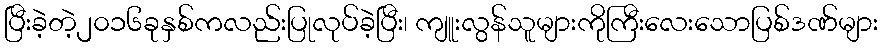
ပြီးခဲ့တဲ့၂၀၁၆ခုနှစ်ကလည်းပြုလုပ်ခဲ့ပြီး၊ ကျူးလွန်သူများကိုကြီးလေးသောပြစ်ဒဏ်များ